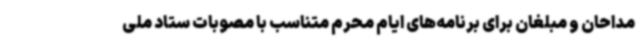
مداحان و مبلغان برای برنامه‌های ایام محرم متناسب با مصوبات ستاد ملی